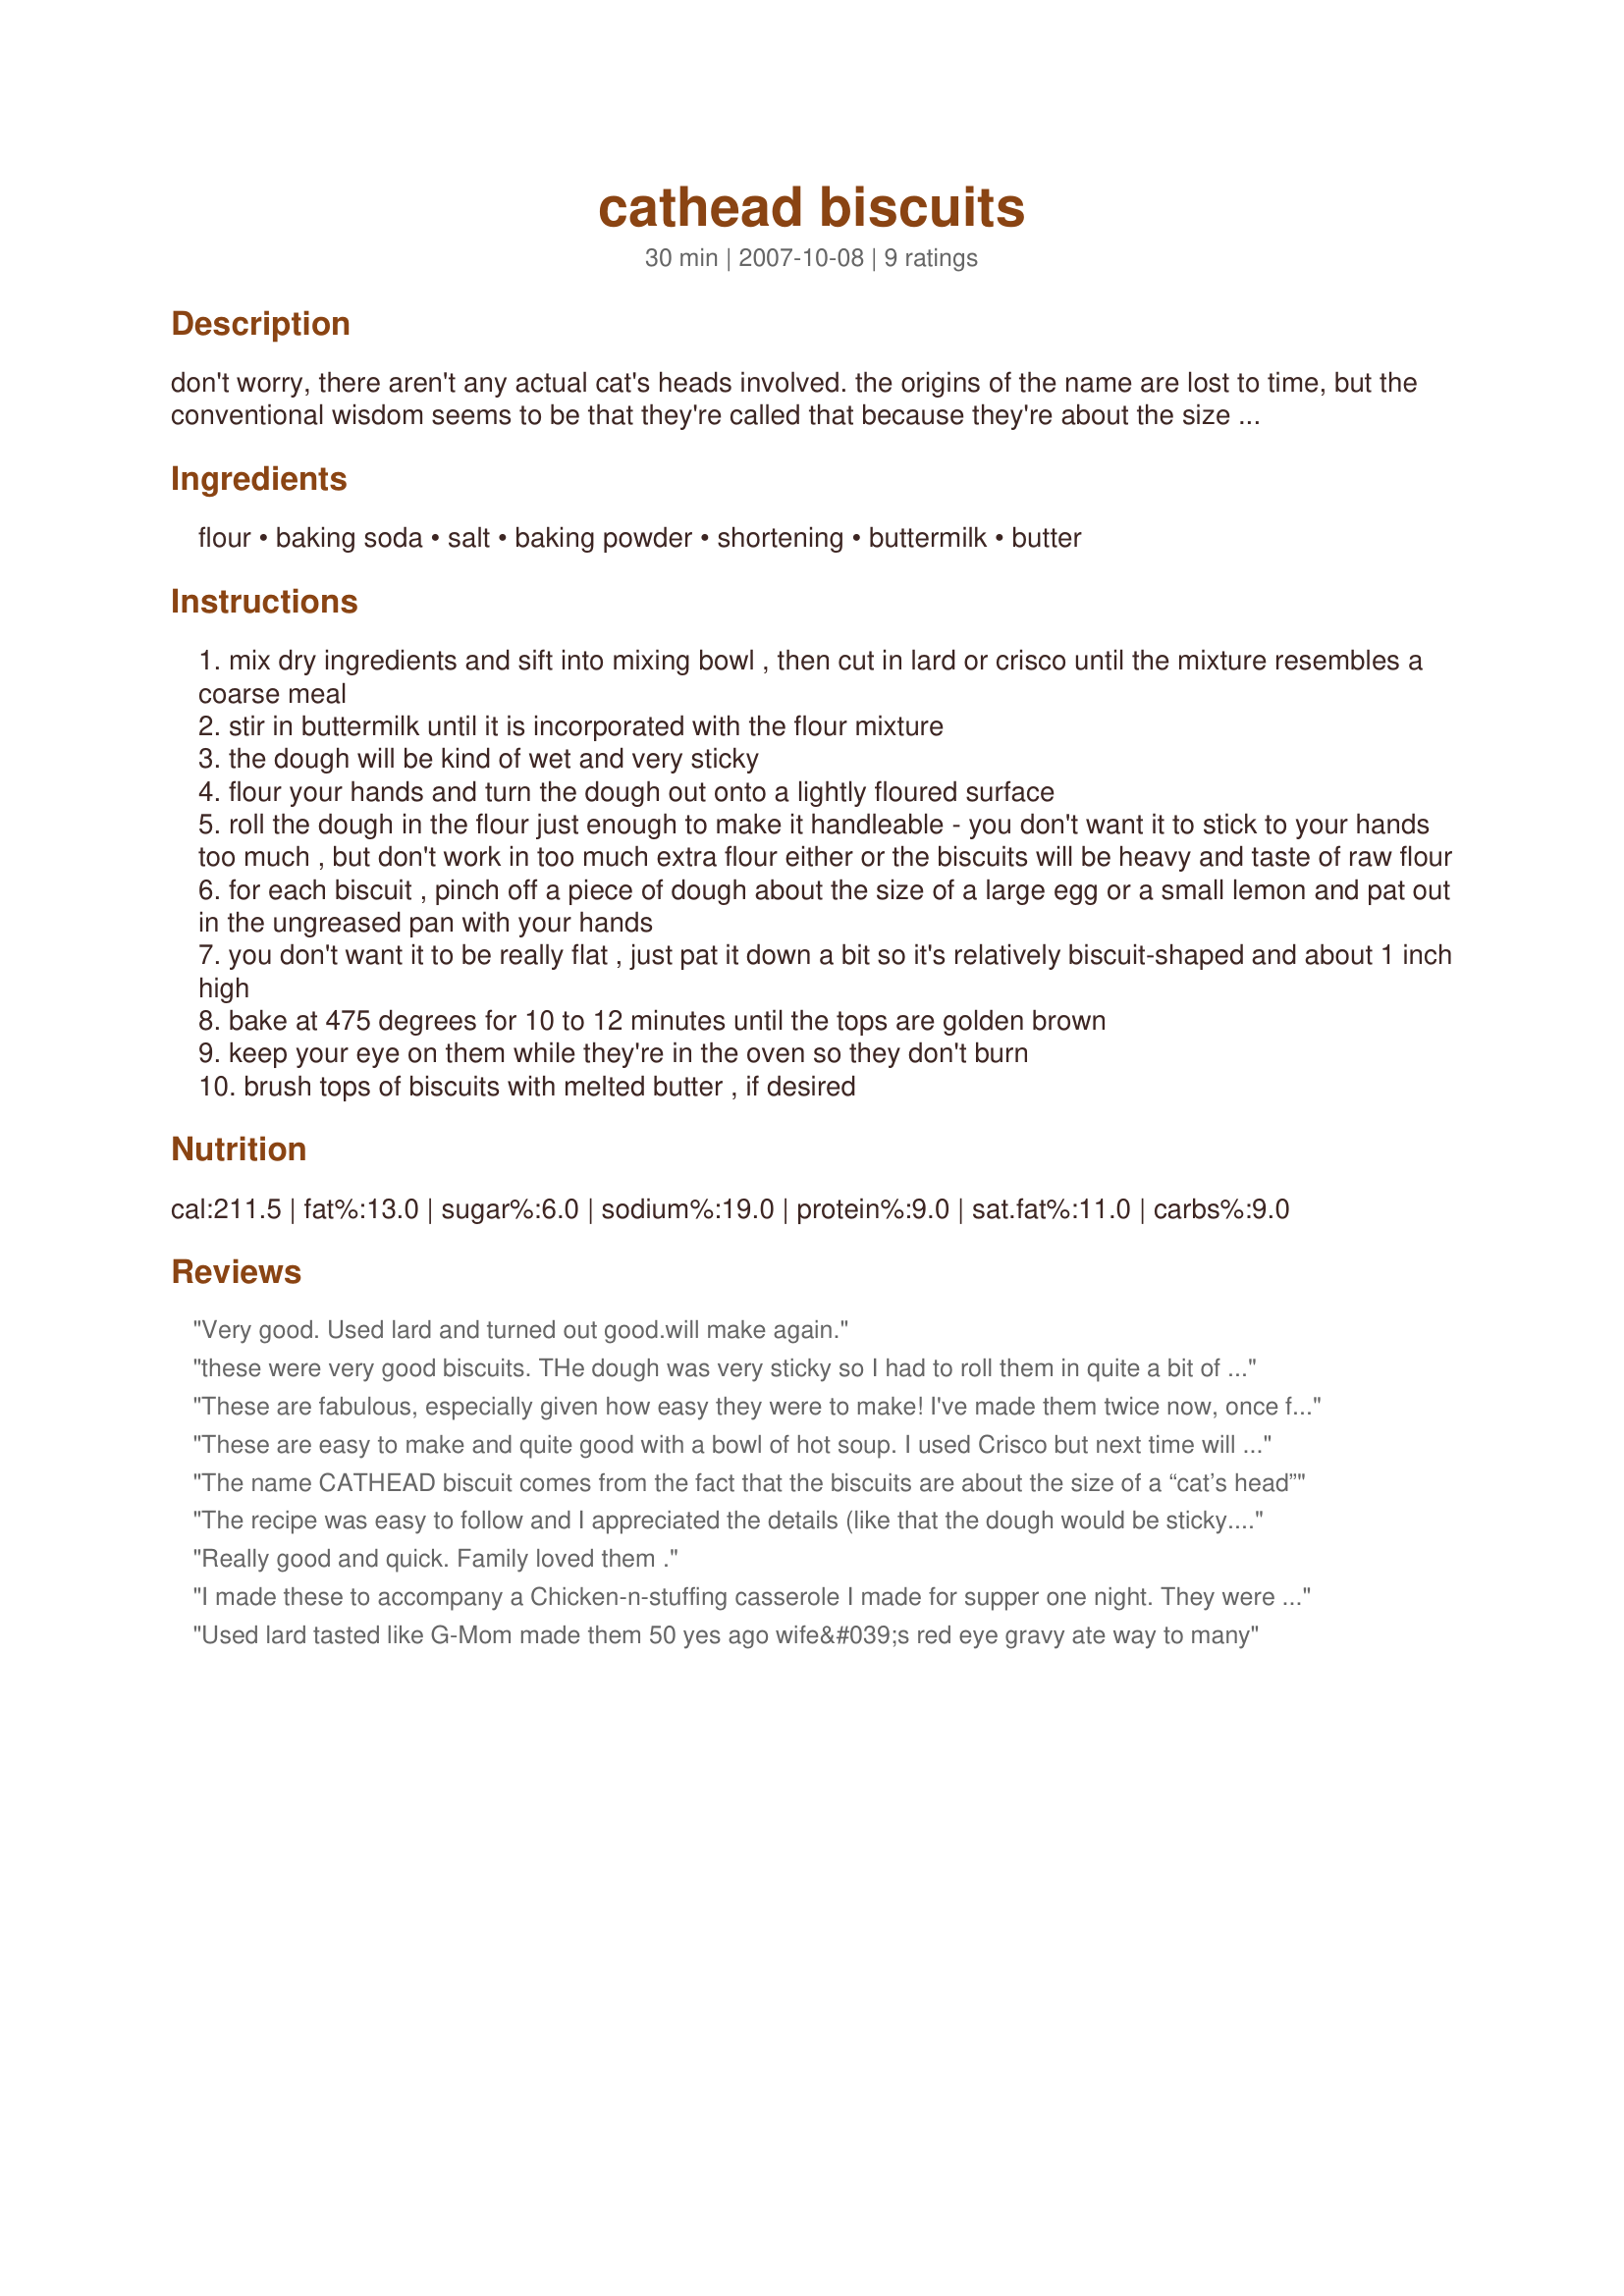
cathead biscuits
Preparation time: 30 minutes

don't worry, there aren't any actual cat's heads involved. the origins of the name are lost to time, but the conventional wisdom seems to be that they're called that because they're about the size of a cat's head. an old appalachian favorite. less fuss than rolled and cut biscuits. white lily flour is preferred.

Ingredients:
flour, baking soda, salt, baking powder, shortening, buttermilk, butter

Steps:
mix dry ingredients and sift into mixing bowl , then cut in lard or crisco until the mixture resembles a coarse meal
stir in buttermilk until it is incorporated with the flour mixture
the dough will be kind of wet and very sticky
flour your hands and turn the dough out onto a lightly floured surface
roll the dough in the flour just enough to make it handleable - you don't want it to stick to your hands too much , but don't work in too much extra flour either or the biscuits will be heavy and taste of raw flour
for each biscuit , pinch off a piece of dough about the size of a large egg or a small lemon and pat out in the ungreased pan with your hands
you don't want it to be really flat , just pat it down a bit so it's relatively biscuit-shaped and about 1 inch high
bake at 475 degrees for 10 to 12 minutes until the tops are golden brown
keep your eye on them while they're in the oven so they don't burn
brush tops of biscuits with melted butter , if desired

Reviews:
Very good. Used lard and turned out good.will make again.
these were very good biscuits. THe dough was very sticky so I had to roll them in quite a bit of xtra flour. but turned out beautiful
thanks for recipe. I live in Appalachia and my mammaw made catheads and these are very similiar. thanks again
These are fabulous, especially given how easy they were to make! I've made them twice now, once for Christmas dinner and once again for my family while traveling. Everyone raved about them! I recommend serving with a spicy topping like apple or pumpkin butter. They don't need it, but they sure are good with it! I'm "allergic" to rolling and cutting dough, so this is my new biscuit recipe from now on. Thanks so much!
These are easy to make and quite good with a bowl of hot soup. I used Crisco but next time will try with butter for some added flavor. Made for Fall 2008 PAC.
The name CATHEAD biscuit comes from the fact that the biscuits are about the size of a “cat’s head”
The recipe was easy to follow and I appreciated the details (like that the dough would be sticky.) I have to admit I'm not the worlds best biscuit maker and that may be why they only seemed okay to me. I used shortening and didn't brush with melted butter which I think would have helped as they were a little dry. Thanks for posting.....I may give it another try. Made for I Recommend cooking tag game.
Really good and quick. Family loved them .
I made these to accompany a Chicken-n-stuffing casserole I made for supper one night. They were quite good, but as DH and DS's said, these are very good w/some honey and/or p.b. and/or jam. I agreed. They had a little of both. I even think they'd be good as shortcake as in strawberry shortcake. Thanks for posting this fast and quick bisquite recipe x-tine. Made for Holiday Beverage Tag 07.
Used lard tasted like G-Mom made them 50 yes ago wife&#039;s red eye gravy ate way to many
